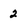
Character: 2